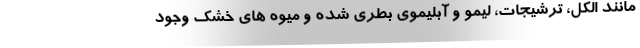
مانند الکل، ترشیجات، لیمو و آبلیموی بطری شده و میوه های خشک وجود